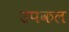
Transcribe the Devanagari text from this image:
उपकल